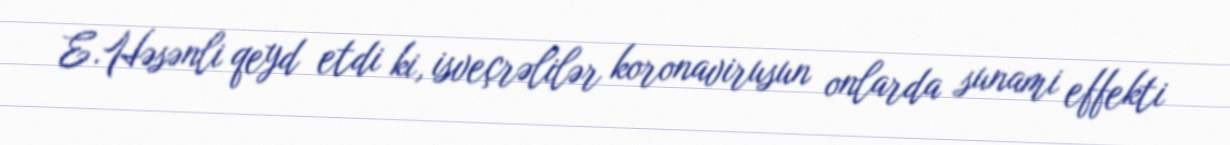
E.Həsənli qeyd etdi ki, isveçrəlilər koronavirusun onlarda sunami effekti